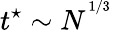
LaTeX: t^{\star}\sim N^{^{1/3}}